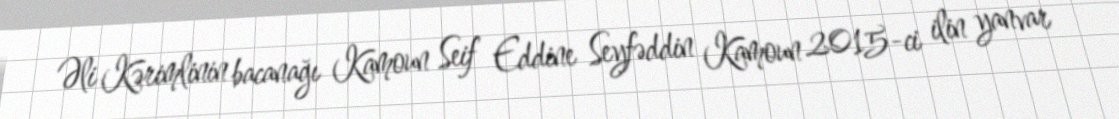
Əli Kərimlinin bacanağı Kamoun Seif Eddine Seyfəddin Kamoun 2015-ci ilin yanvar